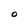
Character: O